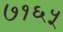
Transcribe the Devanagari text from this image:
७१६५